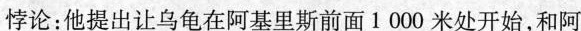
悖论：他提出让乌龟在阿基里斯面前1000米处开始，和阿